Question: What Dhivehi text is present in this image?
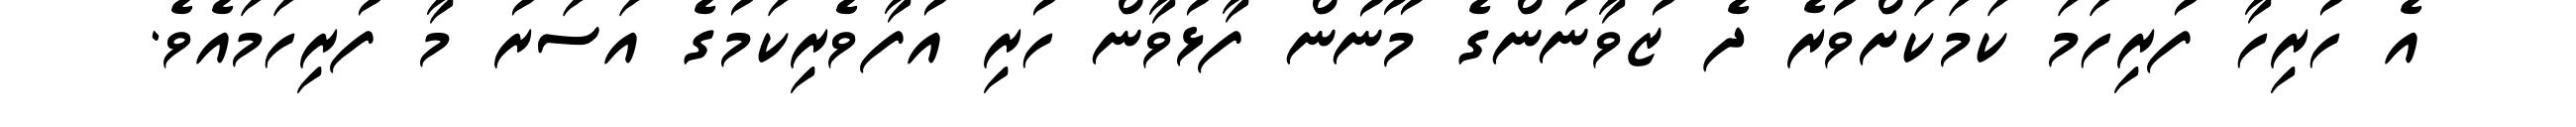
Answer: އެ ހުރިހާ ފުރިހަމަ ކަމަކަށްވުރެ ދެ ޒުވާނުންގެ މޫނުން ފާޅުވާން ހުރި އުފާވެރިކަމުގެ އަސަރު މާ ފުރިހަމައެވެ.